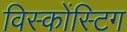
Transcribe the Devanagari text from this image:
विस्कोंस्टिग